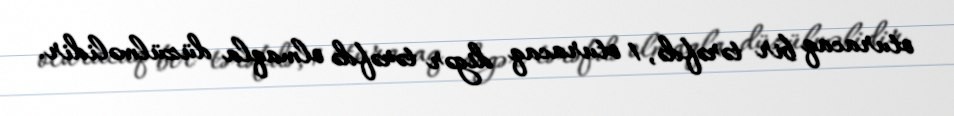
oturacaq bir tərəfdə, 1 oturacaq digər tərəfdə olmaqla düzülməlidir.